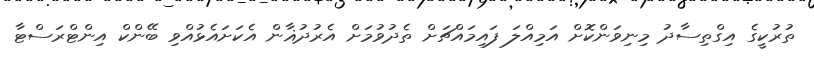
ތުރުކީގެ އިގްތިސާދު މިނިވަންކޮށް އަމިއްލަ ފައިމައްޗަށް ތެދުވުމަށް އެރުދުޣާން އެކަށައެޅުއްވި ބޭންކް އިންޓްރަސްޓާ